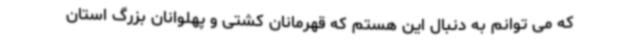
که می توانم به دنبال این هستم که قهرمانان کشتی و پهلوانان بزرگ استان